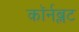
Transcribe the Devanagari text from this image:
कॉर्नब्लट